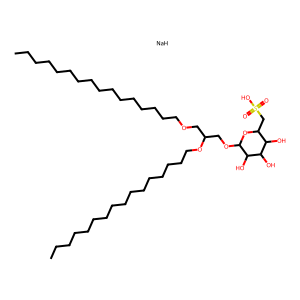
SMILES: CCCCCCCCCCCCCCCCOCC(COC1OC(CS(=O)(=O)O)C(O)C(O)C1O)OCCCCCCCCCCCCCCCC.[NaH]
Inhibits HIV replication: No